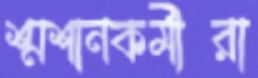
শ্মশানকর্মীরা